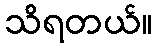
သိရတယ်။